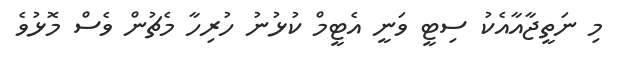
މި ނަތީޖާއާއެކު ސިޓީ ވަނީ އެޓީމް ކުޅުނު ހުރިހާ މެޗުން ވެސް މޮޅުވެ